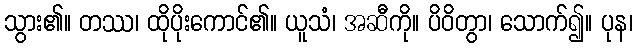
သွား၏။ တဿ၊ ထိုပိုးကောင်၏။ ယူသံ၊ အဆီကို။ ပိဝိတွာ၊ သောက်၍။ ပုန၊